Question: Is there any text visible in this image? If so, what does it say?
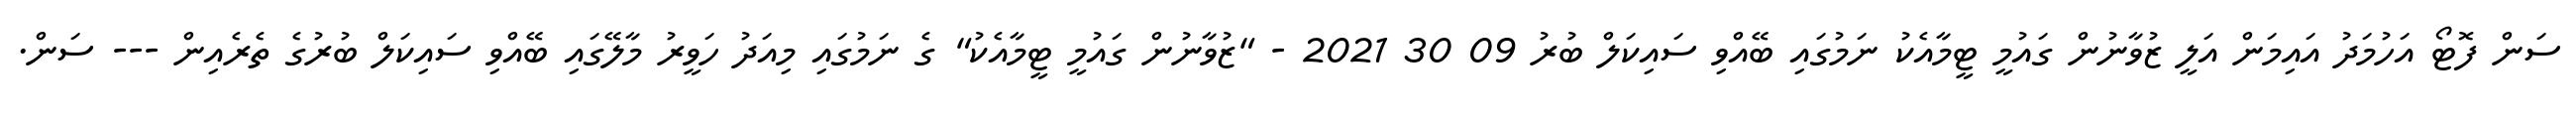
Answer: ސަން ފޮޓޯ އަހުމަދު އައިމަން އަލީ ޒުވާނުން ގައުމީ ޓީމާއެކު ނަމުގައި ބޭއްވި ސައިކަލް ބުރު 09 30 2021 - "ޒުވާނުން ގައުމީ ޓީމާއެކު" ގެ ނަމުގައި މިއަދު ހަވީރު މާލޭގައި ބޭއްވި ސައިކަލް ބުރުގެ ތެރެއިން --- ސަން.